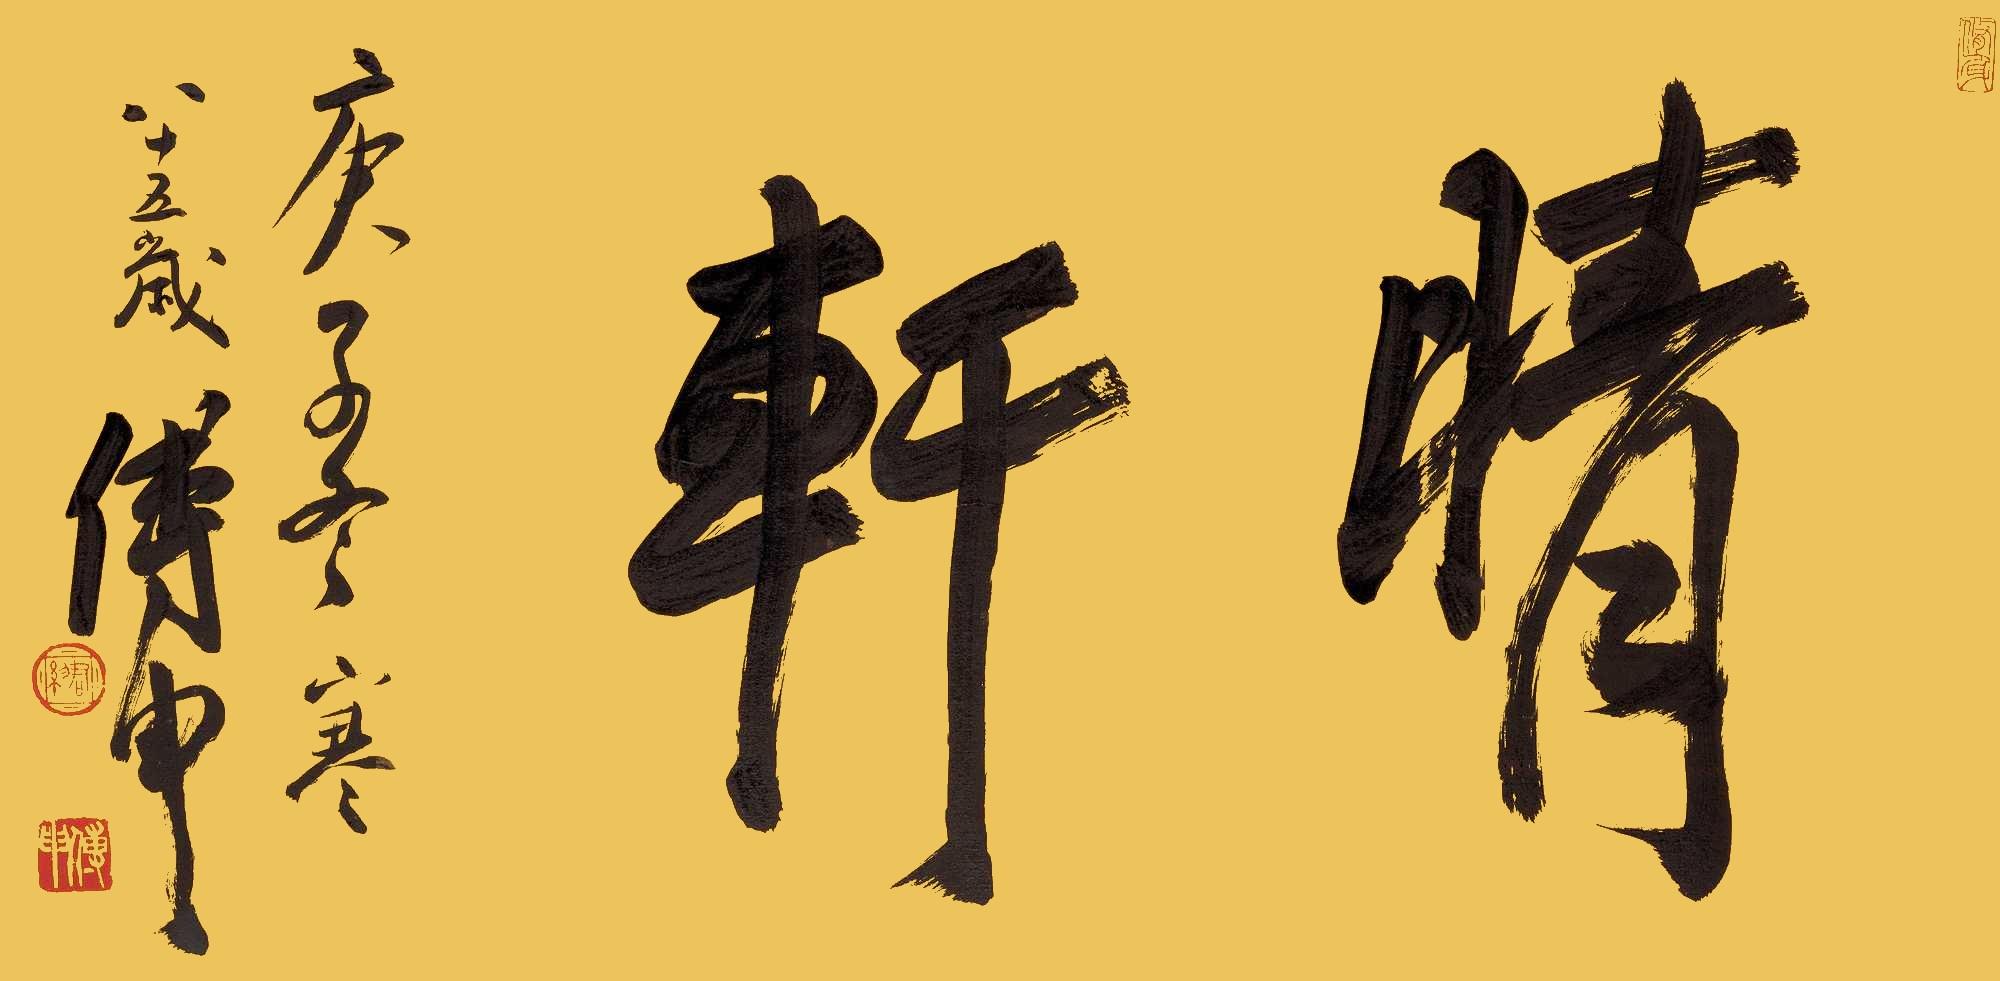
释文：晴轩庚子冬寒，八十五岁傅申。